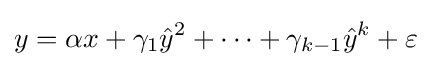
y=\alpha x+\gamma _{1}{\hat {y}}^{2}+\cdots +\gamma _{k-1}{\hat {y}}^{k}+\varepsilon